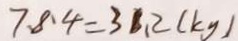
7 . 8 . 4 = 3 1 . 2 ( k g )